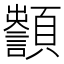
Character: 𩕵